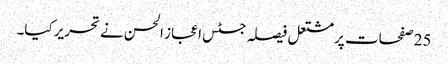
25 صفحات پر مشتعل فیصلہ جسٹس اعجاز الحسن نے تحریر کیا۔